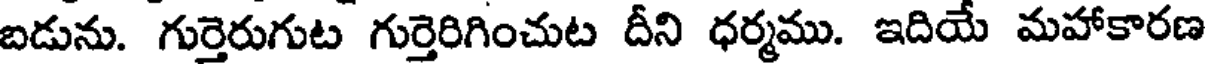
బడును. గుర్తెరుగుట గుర్తెరిగించుట దీని ధర్మము. ఇదియే మహాకారణ